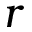
r